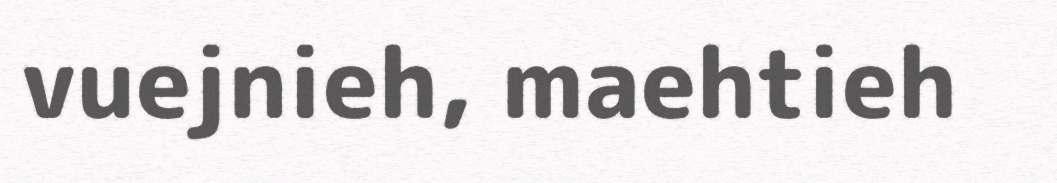
vuejnieh, maehtieh